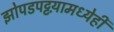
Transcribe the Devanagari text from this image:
झोपडपट्टय़ामध्येही